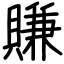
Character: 賺